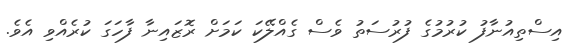
އިސްތިއުނާފު ކުރުމުގެ ފުރުސަތު ވެސް ގެއްލޭކަ ކަމަށް ރޮޒައިނާ ފާހަގަ ކުރެއްވި އެވެ.